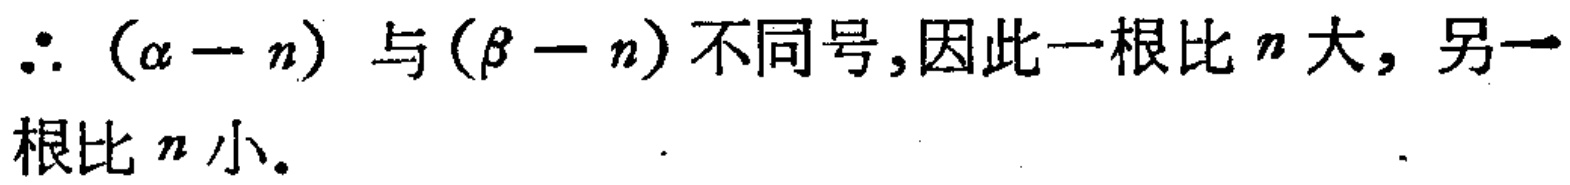
$\therefore （\alpha - n）$ 与 $(\beta - n)$ 不同号,因此一根比 $n$ 大, 另一根比 $n$ 小。